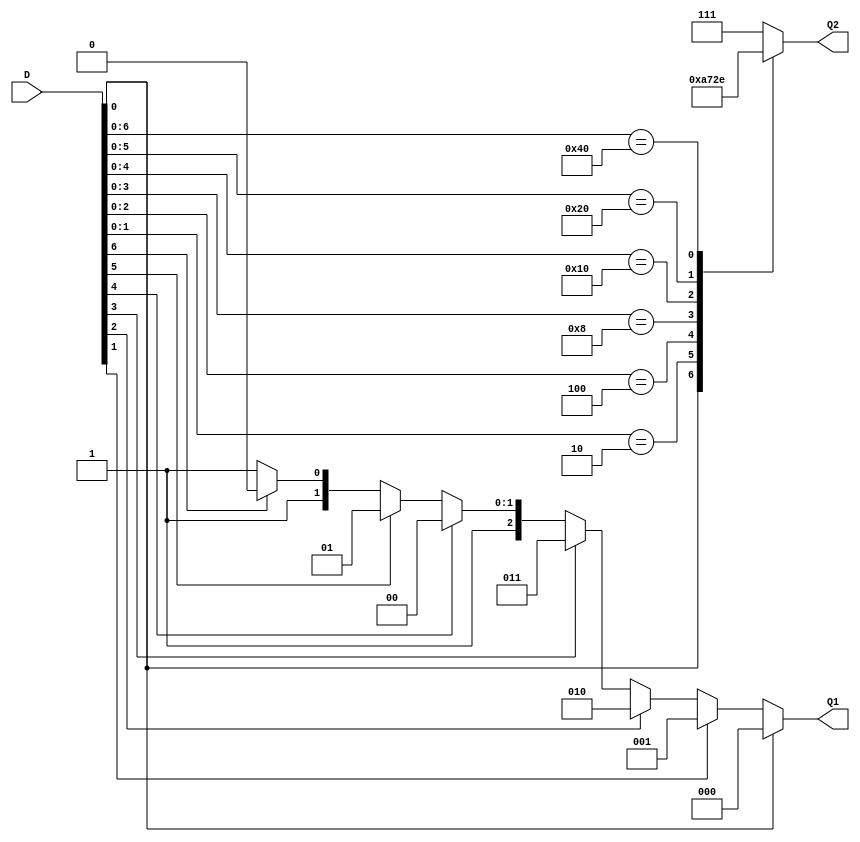
// Ch07 enc83_priority.v
// uv 8  3 sX ( if zP casez d)

module enc83_priority (D, Q1, Q2);
input  [7:0] D;		// D KJ
output [2:0] Q1,Q2;	// Q TX
reg    [2:0] Q1,Q2;	// Q is

//  if z
always@ (D)
  if      (D[0] == 1) Q1 = 3'b000;
  else if (D[1] == 1) Q1 = 3'b001;
  else if (D[2] == 1) Q1 = 3'b010;
  else if (D[3] == 1) Q1 = 3'b011;
  else if (D[4] == 1) Q1 = 3'b100;
  else if (D[5] == 1) Q1 = 3'b101;
  else if (D[6] == 1) Q1 = 3'b110;
  else                Q1 = 3'b111;
 

//  casez z
always@ (D)
  casez (D)
    8'b???????1 :  Q2 = 3'b000;
    8'b??????10 :  Q2 = 3'b001;
    8'b?????100 :  Q2 = 3'b010;
    8'b????1000 :  Q2 = 3'b011;
    8'b???10000 :  Q2 = 3'b100; 
    8'b??100000 :  Q2 = 3'b101;
    8'b?1000000 :  Q2 = 3'b110;
    default     :  Q2 = 3'b111;
  endcase

endmodule